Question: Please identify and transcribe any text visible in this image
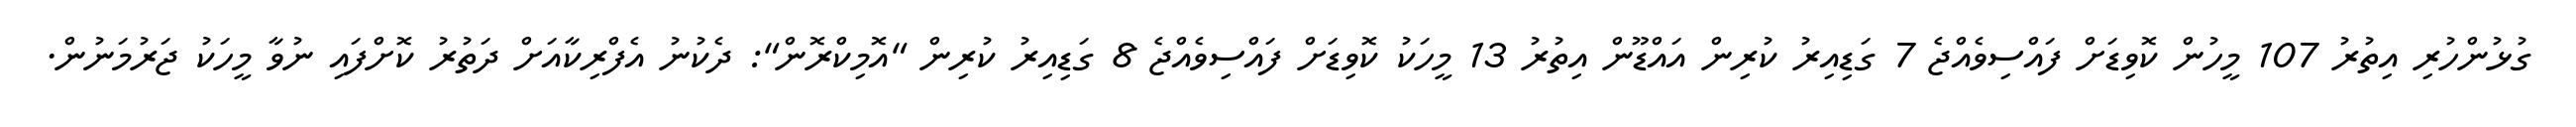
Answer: ގުޅުންހުރި އިތުރު 107 މީހުން ކޮވިޑަށް ފައްސިވެއްޖެ 7 ގަޑިއިރު ކުރިން އައްޑޫން އިތުރު 13 މީހަކު ކޮވިޑަށް ފައްސިވެއްޖެ 8 ގަޑިއިރު ކުރިން "އޮމިކްރޮން": ދެކުނު އެފްރިކާއަށް ދަތުރު ކޮށްފައި ނުވާ މީހަކު ޖަރުމަނުން.